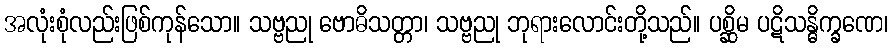
အလုံးစုံလည်းဖြစ်ကုန်သော။ သဗ္ဗညု ဗောဓိသတ္တာ၊ သဗ္ဗညု ဘုရားလောင်းတို့သည်။ ပစ္ဆိမ ပဋိသန္ဓိက္ခဏေ၊